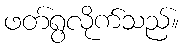
ဖတ်ရွလိုက်သည်။